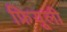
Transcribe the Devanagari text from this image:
फ्रियूली